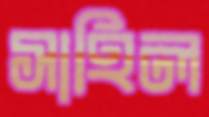
সাহিল